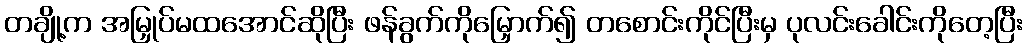
တချို့က အမြှုပ်မထအောင်ဆိုပြီး ဖန်ခွက်ကိုမြှောက်၍ တစောင်းကိုင်ပြီးမှ ပုလင်းခေါင်းကိုတေ့ပြီး